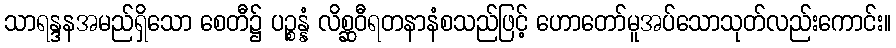
သာရန္ဒနအမည်ရှိသော စေတီ၌ ပဉ္စန္နံ လိစ္ဆဝီရတနာနံစသည်ဖြင့် ဟောတော်မူအပ်သောသုတ်လည်းကောင်း။